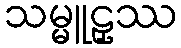
သမ္မူဠှဿ